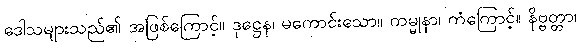
ဒေါသများသည်၏ အဖြစ်ကြောင့်။ ဒုဋ္ဌေန၊ မကောင်းသော။ ကမ္မုနာ၊ ကံကြောင့်။ နိဗ္ဗတ္တာ၊